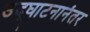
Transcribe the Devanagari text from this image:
उद्‌घाटनानंतर